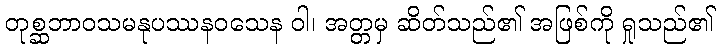
တုစ္ဆဘာဝသမနုပဿနဝသေန ဝါ၊ အတ္တမှ ဆိတ်သည်၏ အဖြစ်ကို ရှုသည်၏